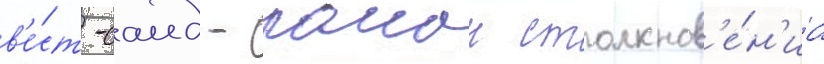
в'е́ст-саид - раион столкнов'е́н'иа